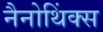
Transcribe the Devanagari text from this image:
नैनोथिंक्स